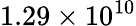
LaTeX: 1.29\times 10^{10}